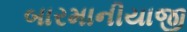
બારમાનીયાજી